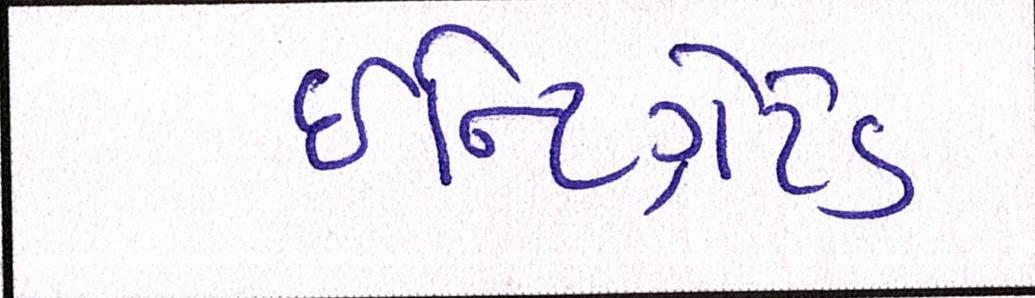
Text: ઇન્ટિગ્રેટેડ